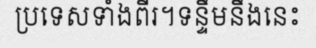
ប្រទេសទាំងពីរ។ទន្ទឹមនឹងនេះ